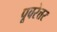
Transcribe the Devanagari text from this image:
पूवरेत्तर